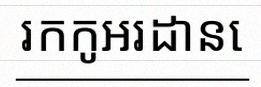
រកកូអរដោនេ